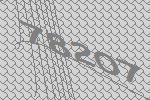
78207